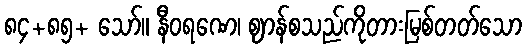
၈၄+၈၅+ သော်။ နီဝရဏေ၊ ဈာန်စသည်ကိုတားမြစ်တတ်သော